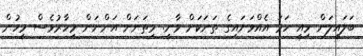
ބަލައިލަން މިއީ ހަމަ އެއްވަނައިގެ ތަނަކަށް ވާނީ. މިތަނަށް އަންނަން މިހާރުވެސް މީހުން